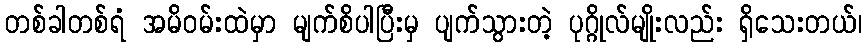
တစ်ခါတစ်ရံ အမိဝမ်းထဲမှာ မျက်စိပါပြီးမှ ပျက်သွားတဲ့ ပုဂ္ဂိုလ်မျိုးလည်း ရှိသေးတယ်၊